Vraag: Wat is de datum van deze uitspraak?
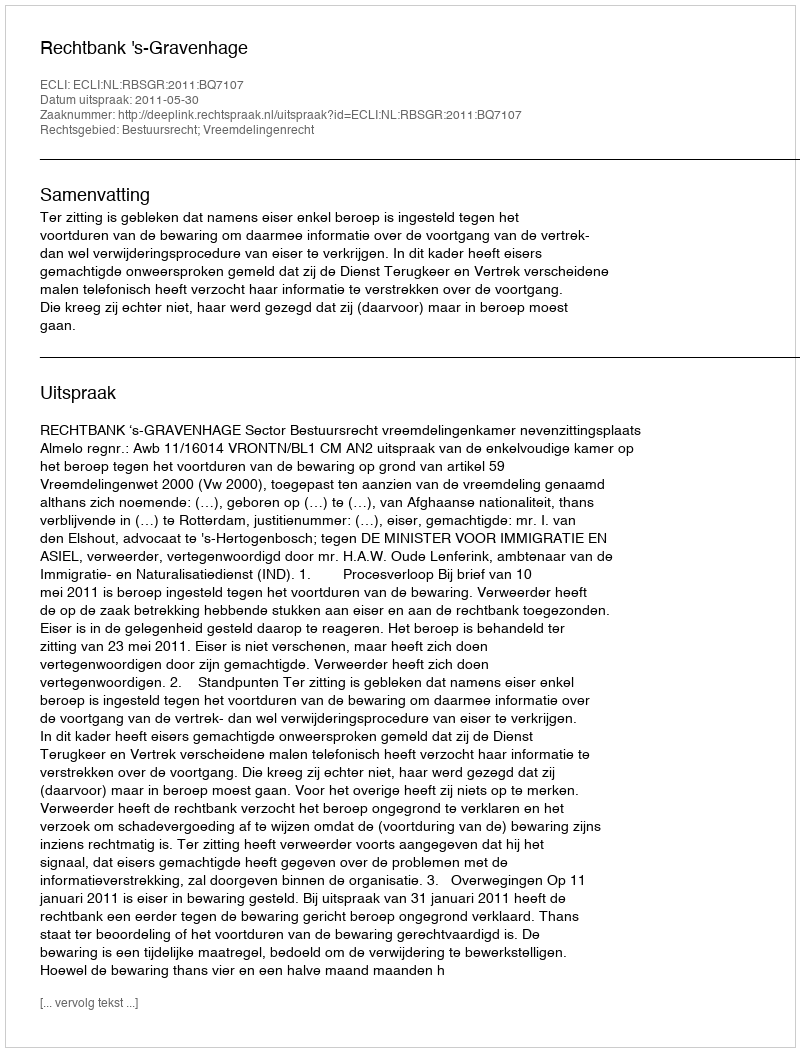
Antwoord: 2011-05-30